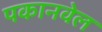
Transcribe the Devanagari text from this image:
पकानवेल